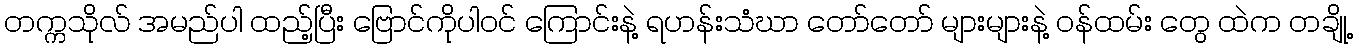
တက္ကသိုလ် အမည်ပါ ထည့်ပြီး ဗြောင်ကိုပါဝင် ကြောင်းနဲ့ ရဟန်းသံဃာ တော်တော် များများနဲ့ ဝန်ထမ်း တွေ ထဲက တချို့